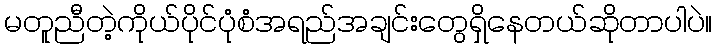
မတူညီတဲ့ကိုယ်ပိုင်ပုံစံအရည်အချင်းတွေရှိနေတယ်ဆိုတာပါပဲ။